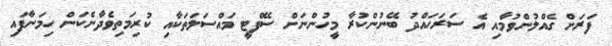
ފަރަށް ގެއްލުންވުމާއި އެ ސަރަހައްދު ބޭނުންކުރާ މީހުންނަށް ސޭފްޓީ މައްސަލަތަކާއި ކުރިމަތިވެދާނެކަން ހިމަނާފައި